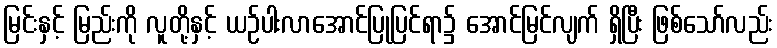
မြင်းနှင့် မြည်းကို လူတို့နှင့် ယဉ်ပါးလာအောင်ပြုပြင်ရာ၌ အောင်မြင်လျက် ရှိပြီး ဖြစ်သော်လည်း